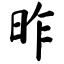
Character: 昨